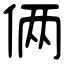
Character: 俩